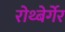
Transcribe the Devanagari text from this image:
रोथ्बेर्गेर